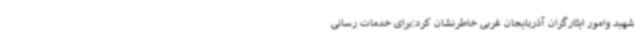
شهید وامور ایثارگران آذربایجان غربی خاطرنشان کرد:برای خدمات رسانی